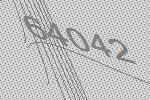
64042